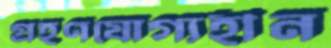
গ্রহণযোগ্যহীন